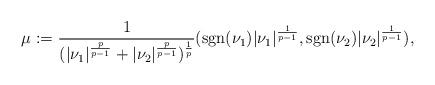
LaTeX: \begin{align*}\mu:=\frac{1}{(|\nu_{1}|^{\frac{p}{p-1}}+|\nu_{2}|^{\frac{p}{p-1}})^{\frac{1}{p}}}(\textrm{sgn}(\nu_{1})|\nu_{1}|^{\frac{1}{p-1}},\textrm{sgn}(\nu_{2})|\nu_{2}|^{\frac{1}{p-1}}),\end{align*}